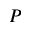
P